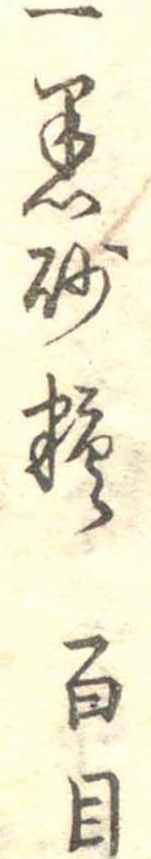
一黒砂糖百目